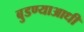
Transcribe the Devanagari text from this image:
बुडण्याआधी